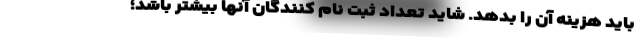
باید هزینه آن را بدهد. شاید تعداد ثبت نام کنندگان آنها بیشتر باشد؛